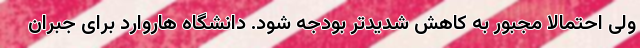
ولی احتمالا مجبور به کاهش شدیدتر بودجه شود. دانشگاه هاروارد برای جبران